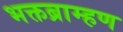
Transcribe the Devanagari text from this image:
भक्तब्राम्हण